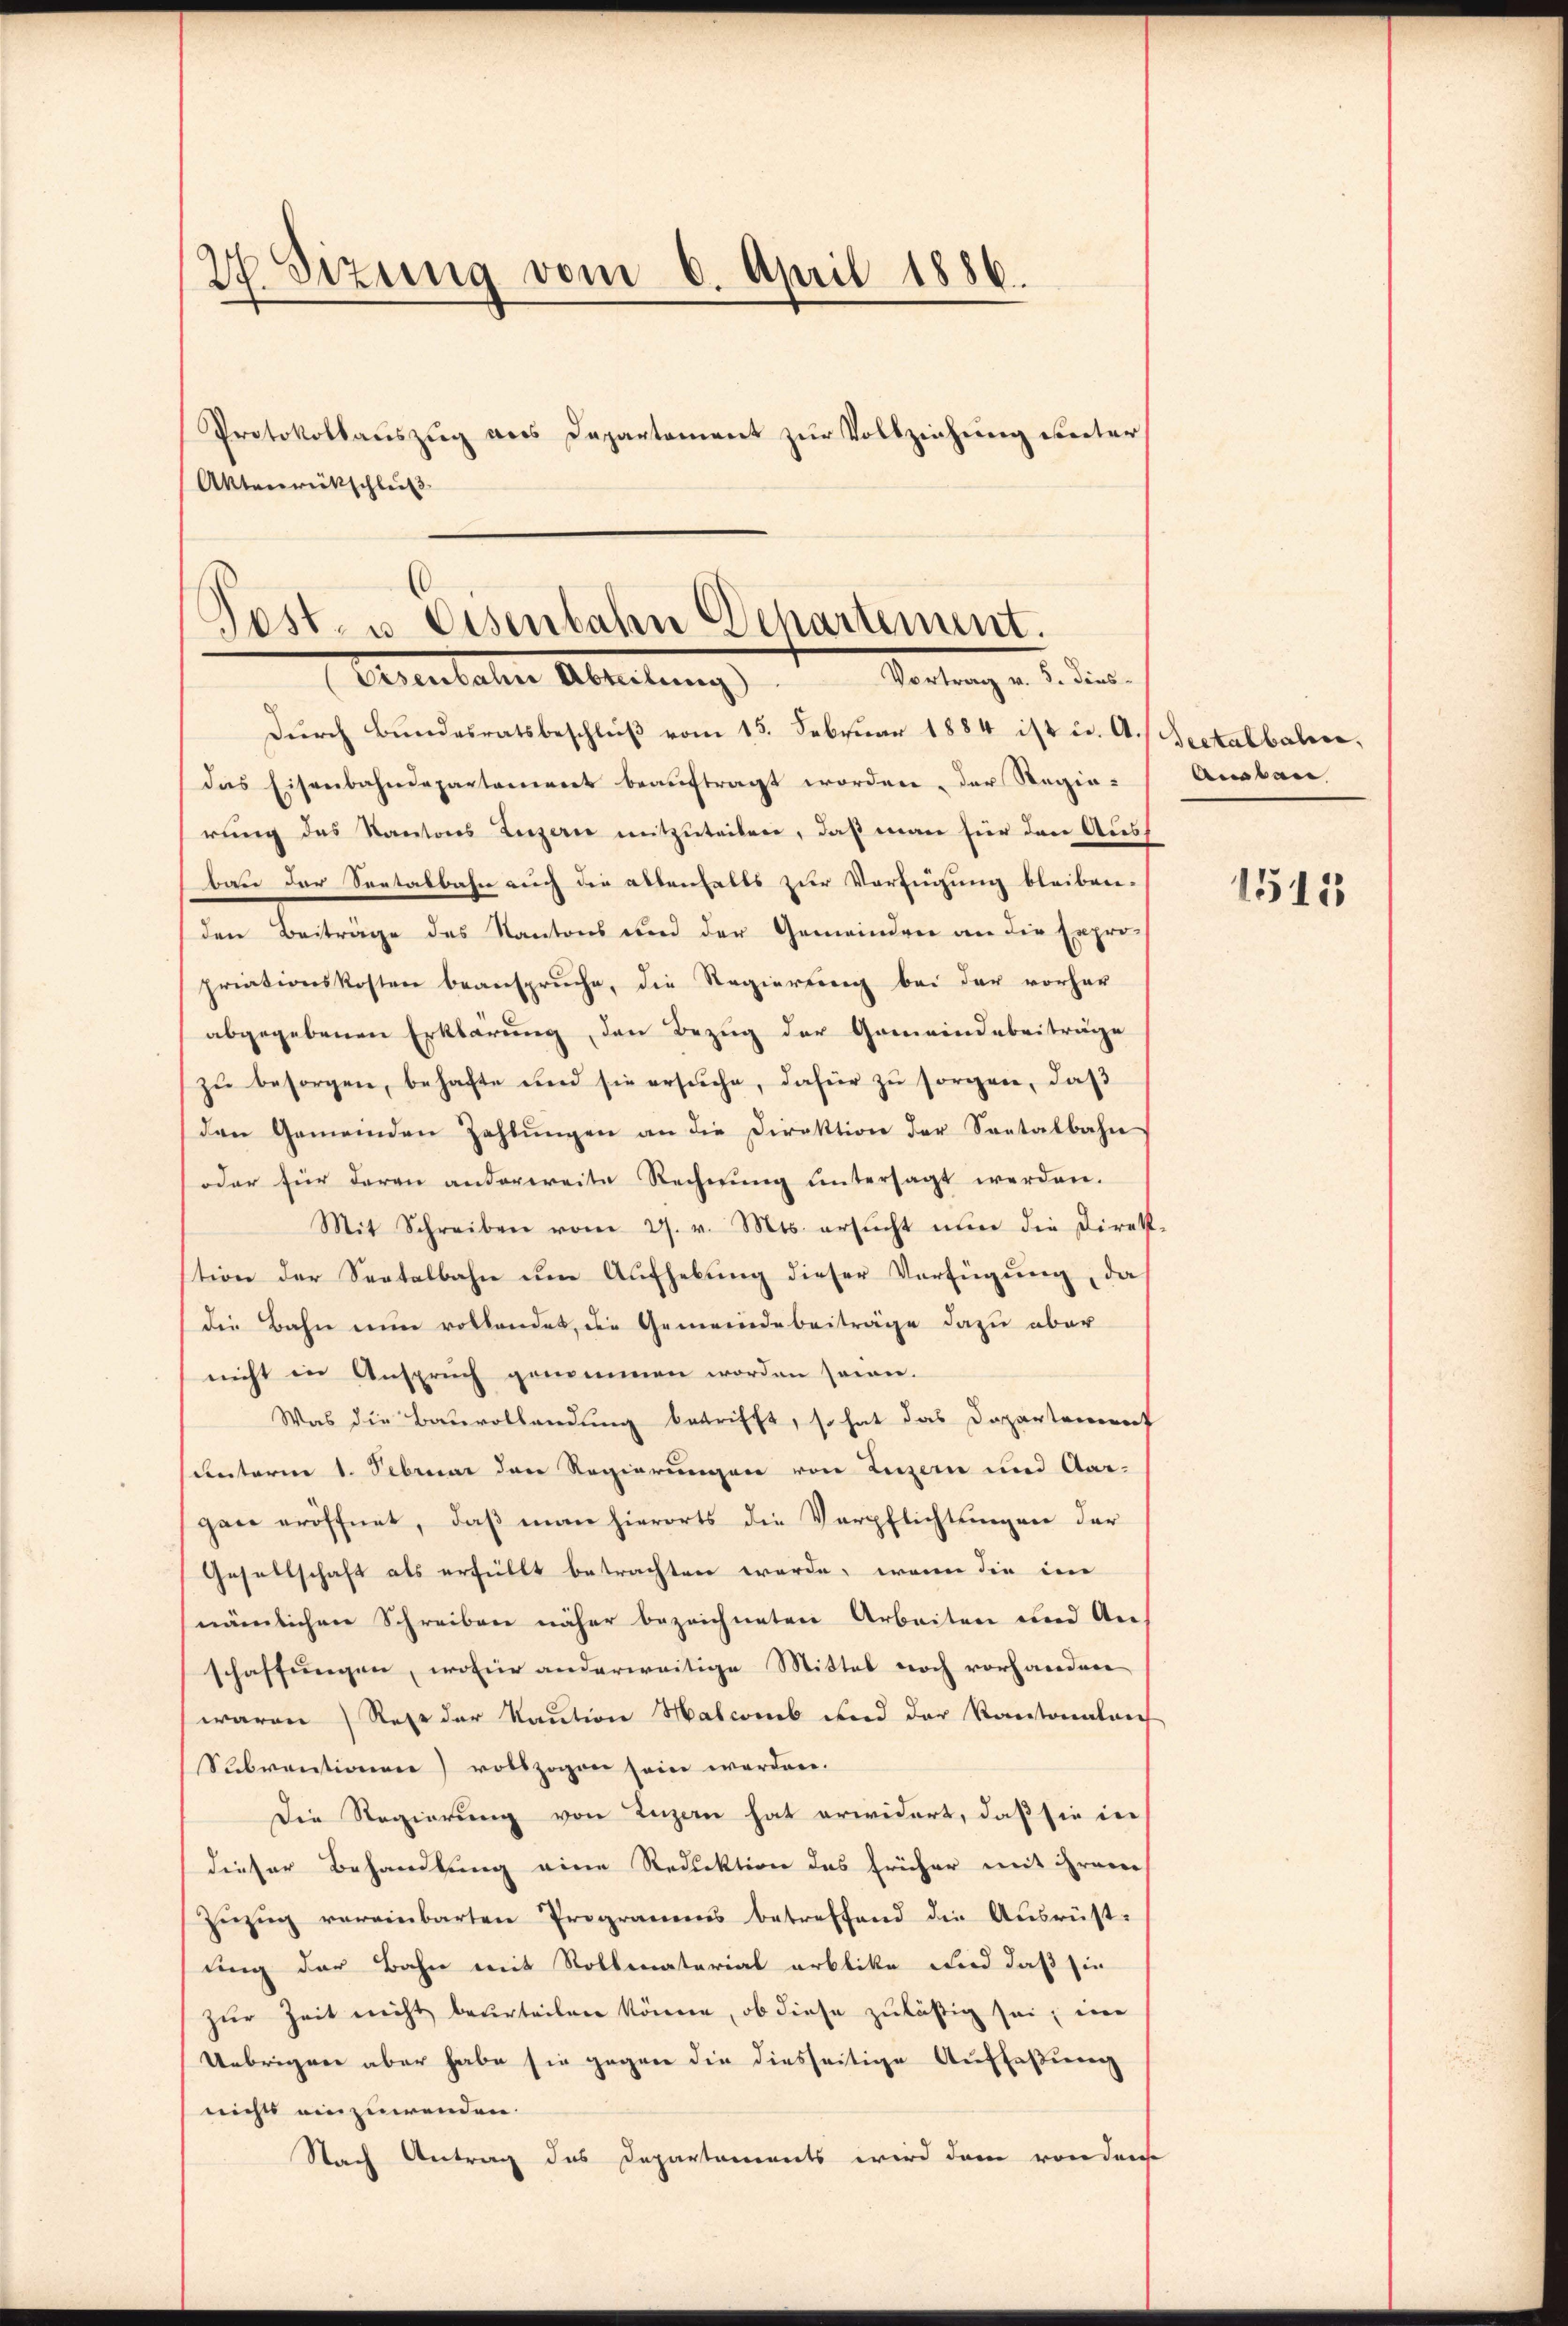
27. Sizung vom 6. April 1886.
Protokollauszug aus Departement zur Vollziehung unter
Altenwirkschluß

Post- u. Eisenbahn Dchartement.
Rartung v. 2. dies
Arientalen Abreitung

durch Bundesratsbeschluß vom 13. Februar 1884 ist u. A. Rectalbali,
das Eisenbahndepartamiert beaŭftragt worden, der Regie-
rung des Kantons Luzern mitzuteilen, daß man für den Ausf
bau der Seetalbahn auch die allenhalts zur Verfügung bleiben.
den Beiträge des Kantons und der Gemeinden an die Expro-
priationskosten beansprŭche, die Regierŭng bei der vorher
abgegebenen Erklärung, den Bezug der Gemeindebeiträge
zŭ besorgen, behafte und sie ersŭche, dafür zŭ sorgen, daβ
den Gemeinden Zahlŭngen an die Direktion der Sontalbahn
oder für daran anderweite Rechnŭng ŭntersagt werden.
Mit Schreiben vom 27. v. Mts. ersŭcht nun die Direk-
stion der Seetalbahn um Aufhebung dieser Verfügung, da
die Bahn nun vollendet, die Gemeindebeiträge dazu aber
nicht in Anspruch genommen worden seien.
Was die Bauvollendung betrifft, so hat das Departement
unterm 1. Februar den Regierungen von Luzern und Aar-
gen eröffnet, daß man hierorts die Verpflichtungen der
Gesellschaft als erfüllt betrachten werde, wenn die im
nämlichen Schreiben näher bezeichneten Arbeiten und Aus
schaffungen, wofür anderweitige Mittel noch vorhanden
waren Rese der Kaution Halcomb und der Kantonalen
Subventionen) vollzogen sein werden.
Die Regierung von Luzern hat erwidert, daß sie in
dieser Behandlung eine Reduktion des früher mit ihrem
Zŭzŭg vereinbarten Programms betreffend die Ausrüst-
ting der Bahn mit Rollenatarial erblike und daß sie
zur Zeit nicht beurteilen könne, ob diese zuläßig sei, in
Uebrigen aber habe sie gegen die diesseitige Auffaßung
nichts einzuwenden.
Nach Antrag des Departaments wird dem von derse

Ansbau

1515